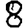
Digit: 8